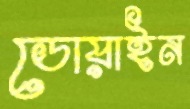
ডোয়াইন